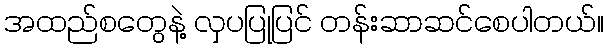
အထည်စတွေနဲ့ လှပပြုပြင် တန်းဆာဆင်စေပါတယ်။